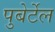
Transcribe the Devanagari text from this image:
पुबेर्टेल